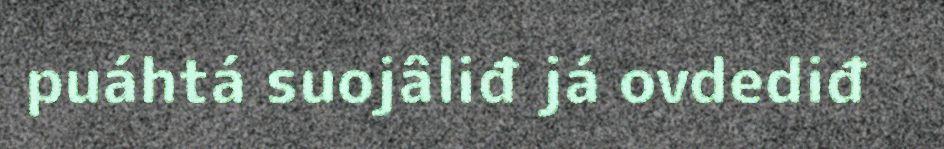
puáhtá suojâliđ já ovdediđ